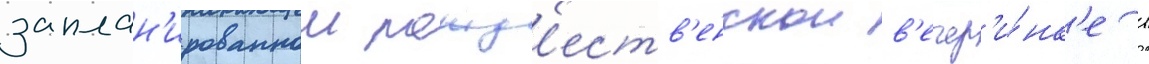
заплан'ированнои рожд'еств'енскои в'ечер'и́нк'е в